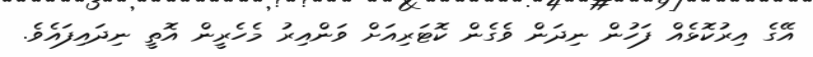
އޭގެ އިރުކޮޅެއް ފަހުން ނިދަން ވެގެން ކޮޓަރިއަށް ވަންއިރު މެހެރީން އޮތީ ނިދައިފައެވެ.